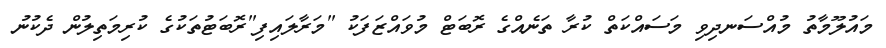
މައުލޫމާތު މުއްސަނދިވި މަސައްކަތް ކުރާ ތަނެއްގެ ރޮބަޓް މުވައްޒަފަކު "މަރާލައިފި"ރޮބަޓުތަކުގެ ކުރިމަތިލުން ދެކުނު